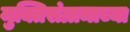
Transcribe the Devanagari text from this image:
मुक्तिसंग्रामाच्या